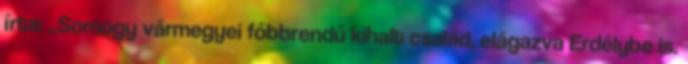
írta: „Somogy vármegyei főbbrendű kihalt család, elágazva Erdélybe is.